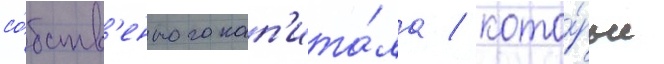
со́бств'енного кап'ита́ла / кото́рые